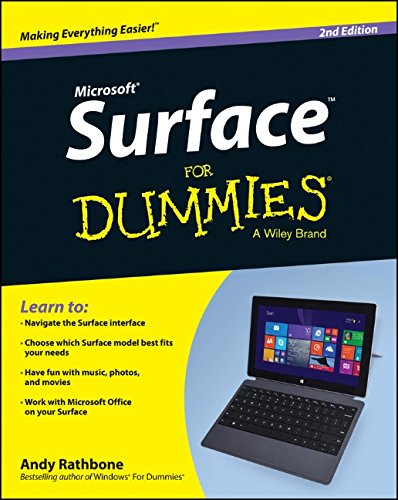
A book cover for Surface For Dummies (For Dummies (Computer/Tech)); Andy Rathbone; Computers & Technology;